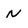
Character: N